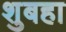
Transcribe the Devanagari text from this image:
शुबहा